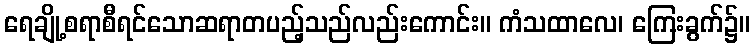
ရေချို့စရာစီရင်သောဆရာတပည့်သည်လည်းကောင်း။ ကံသထာလေ၊ ကြေးခွက်၌။